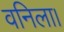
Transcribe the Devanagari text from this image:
वनिला।